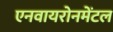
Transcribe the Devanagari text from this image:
एनवायरोनमेंटल